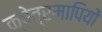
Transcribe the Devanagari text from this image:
क्षेत्रमापियों